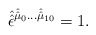
\begin{align*}\hat{\hat{\epsilon}}^{\hat{\hat{\mu}}_{0}\ldots\hat{\hat{\mu}}_{10}} = 1.\end{align*}